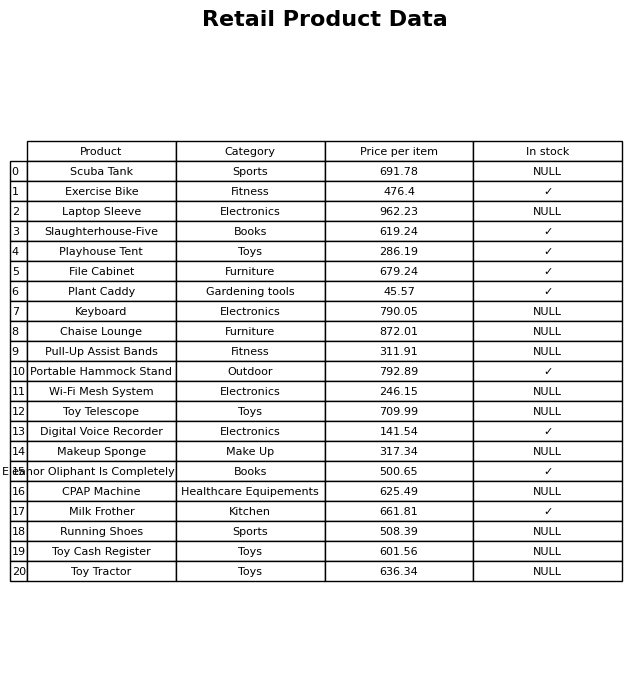
question: What is the price of the Milk Frother?
answer: The price of Milk Frother is 661.81.